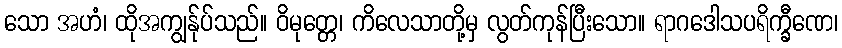
သော အဟံ၊ ထိုအကျွန်ုပ်သည်။ ဝိမုတ္တေ၊ ကိလေသာတို့မှ လွတ်ကုန်ပြီးသော။ ရာဂဒေါသပရိက္ခီဏေ၊